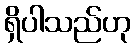
ရှိပါသည်ဟု